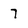
Character: 7